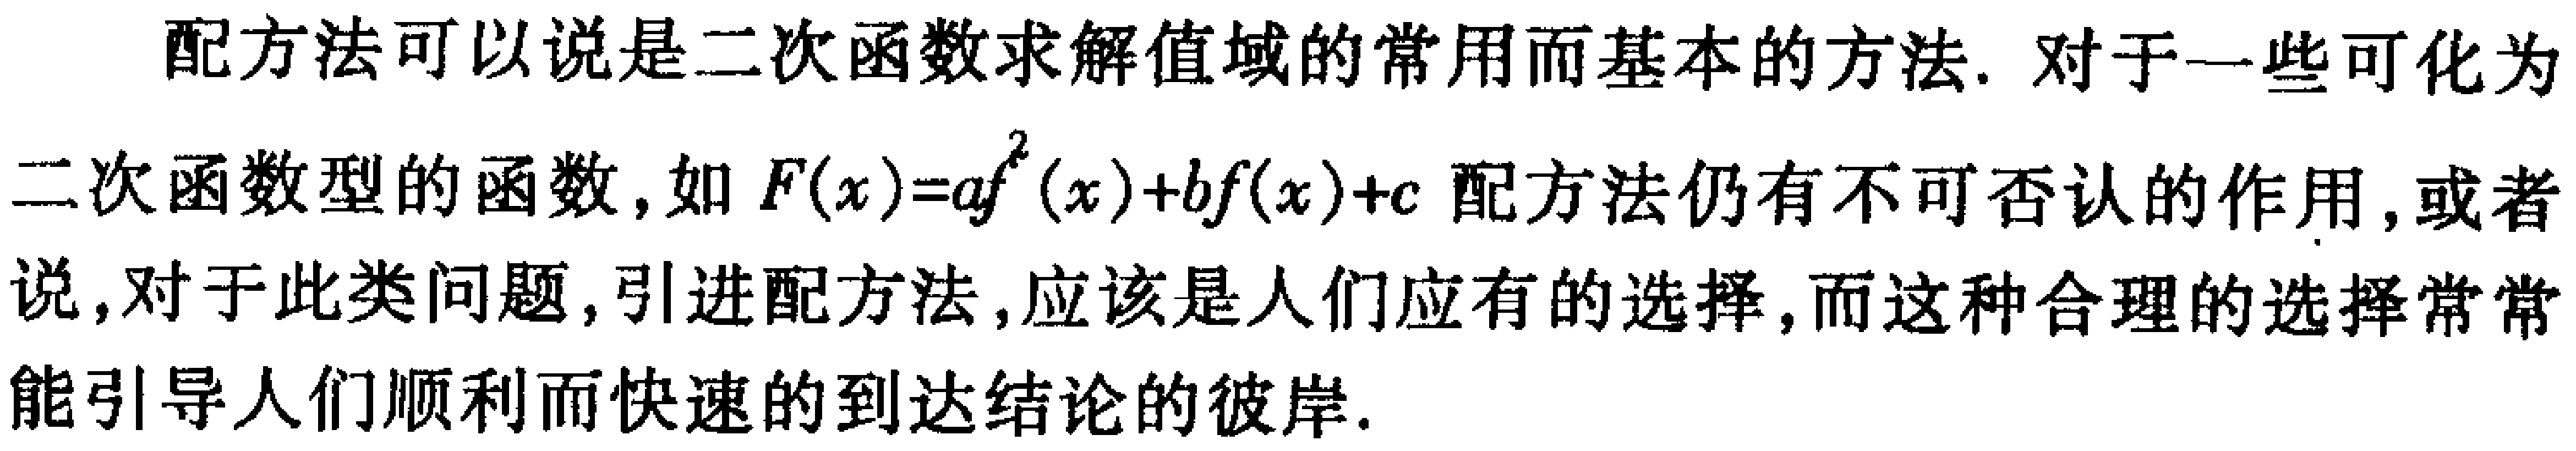
配方法可以说是二次函数求解值域的常用而基本的方法. 对于一些可化为
二次函数型的函数, 如 \(F(x)=af^{2}(x)+bf(x)+c\) 配方法仍有不可否认的作用, 或者
说, 对于此类问题, 引进配方法, 应该是人们应有的选择, 而这种合理的选择常常
能引导人们顺利而快速的到达结论的彼岸.